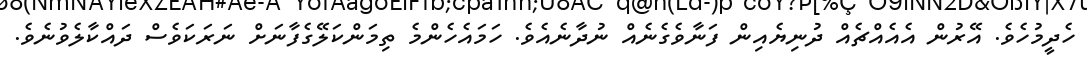
ހެދީމުހެވެ. އޭރުން އެއެއްޗެއް ދުނިޔެއިން ފަނާވެގެނެއް ނުދާނެއެވެ. ހަމައެހެންމެ ތިމަންކަލޭގެފާނަށް ނަރަކަވެސް ދައްކާލެވުނެވެ.